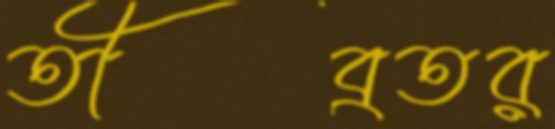
তীব্রতর